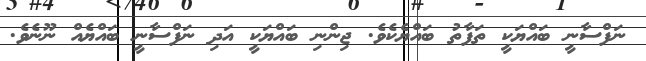
ނަފްސާނީ ބައްޔަކީ ތަފާތު ބައްޔެކެވެ. ޖިންނި ބައްޔަކީ އަދި ނަފްސާނީ ބައްޔެއް ނޫނެވެ.